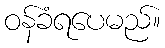
ဝန်ခံရပေမည်။